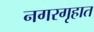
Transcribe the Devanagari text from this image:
नगरगृहात